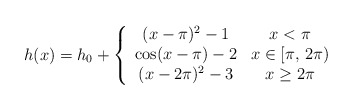
\begin{align*}h(x) = h_0+\left\{\begin{array}{cc}(x-\pi)^2-1 & x < \pi\\\cos(x-\pi)-2 & x \in [\pi,\,2\pi)\\(x-2\pi)^2-3 & x \ge 2\pi\end{array}\right.\end{align*}